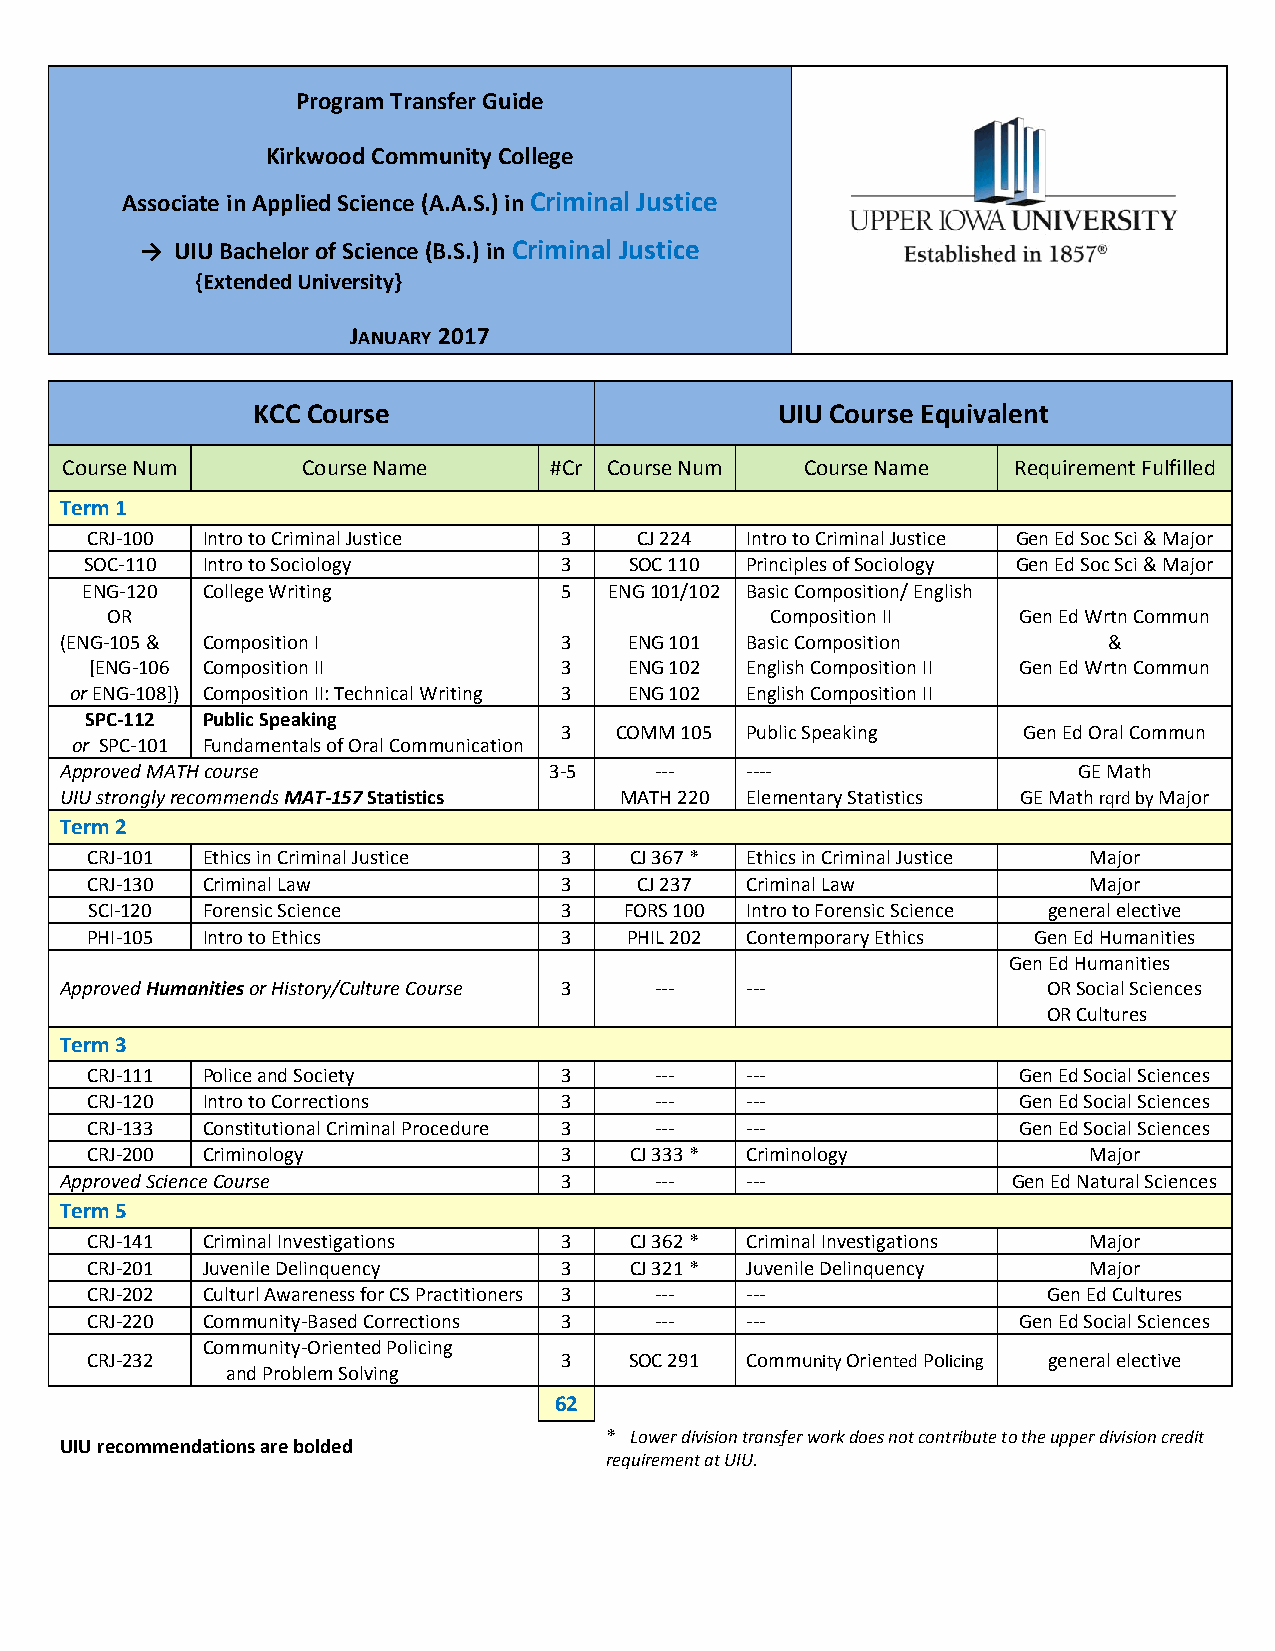
Program Transfer Guide
 Kirkwood Community College
 Associate in Applied Science (A.A.S.) in Criminal Justice
 →  UIU Bachelor of Science (B.S.) in Criminal Justice
 {Extended University}
 JANUARY 2017
 KCC Course                        UIU Course Equivalent
 Course Num      Course Name     #Cr Course Num   Course Name   Requirement Fulfilled
 Term 1
 CRJ-100 Intro to Criminal Justice 3 CJ 224 Intro to Criminal Justice Gen Ed Soc Sci & Major
 SOC-110 Intro to Sociology     3    SOC 110 Principles of Sociology Gen Ed Soc Sci & Major
 ENG-120 College Writing         5  ENG 101/102 Basic Composition/ English
 OR                                          Composition II  Gen Ed Wrtn Commun
 (ENG-105 & Composition I         3    ENG 101 Basic Composition      &
 [ENG-106 Composition II        3    ENG 102 English Composition II Gen Ed Wrtn Commun
 or ENG-108]) Composition II: Technical Writing 3 ENG 102 English Composition II
 SPC-112 Public Speaking
 3   COMM 105 Public Speaking   Gen Ed Oral Commun
 or SPC-101 Fundamentals of Oral Communication
 Approved MATH course            3-5    ---   ----                  GE Math
 UIU strongly recommends MAT-157 Statistics MATH 220 Elementary Statistics GE Math rqrd by Major
 Term 2
 CRJ-101 Ethics in Criminal Justice 3 CJ 367 * Ethics in Criminal Justice Major
 CRJ-130 Criminal Law           3    CJ 237 Criminal Law           Major
 SCI-120 Forensic Science       3   FORS 100 Intro to Forensic Science general elective
 PHI-105 Intro to Ethics        3    PHIL 202 Contemporary Ethics Gen Ed Humanities
 Gen Ed Humanities
 Approved Humanities or History/Culture Course 3 --- ---          OR Social Sciences
 OR Cultures
 Term 3
 CRJ-111 Police and Society     3     ---   ---               Gen Ed Social Sciences
 CRJ-120 Intro to Corrections   3     ---   ---               Gen Ed Social Sciences
 CRJ-133 Constitutional Criminal Procedure 3 --- ---          Gen Ed Social Sciences
 CRJ-200 Criminology            3    CJ 333 * Criminology          Major
 Approved Science Course          3     ---   ---               Gen Ed Natural Sciences
 Term 5
 CRJ-141 Criminal Investigations 3   CJ 362 * Criminal Investigations Major
 CRJ-201 Juvenile Delinquency   3    CJ 321 * Juvenile Delinquency Major
 CRJ-202 Culturl Awareness for CS Practitioners 3 --- ---       Gen Ed Cultures
 CRJ-220 Community-Based Corrections 3 ---  ---               Gen Ed Social Sciences
 Community-Oriented Policing
 CRJ-232                        3    SOC 291 Community Oriented Policing general elective
 and Problem Solving
 62
 * Lower division transfer work does not contribute to the upper division credit
 UIU recommendations are bolded
 requirement at UIU.